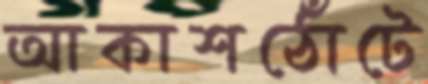
আকাশঠোঁটে